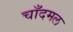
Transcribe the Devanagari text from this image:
चाँदमल